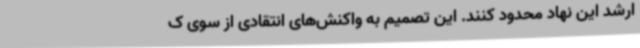
ارشد این نهاد محدود کنند. این تصمیم به واکنش‌های انتقادی از سوی ک